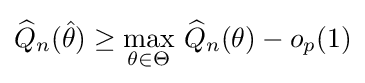
{\widehat {Q}}_{n}({\hat {\theta }})\geq \max _{\theta \in \Theta }\,{\widehat {Q}}_{n}(\theta )-o_{p}(1)